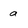
Character: a